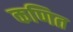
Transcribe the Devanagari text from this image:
कणित